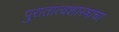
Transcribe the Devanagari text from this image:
पुरातात्वशास्त्राचा